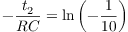
- \frac { t _ { 2 } } { R C } = \ln { \left( - \frac { 1 } { 1 0 } \right) }